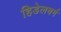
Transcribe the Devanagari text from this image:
हिडेलबर्ग